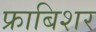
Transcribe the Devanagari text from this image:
फ्राबिशर